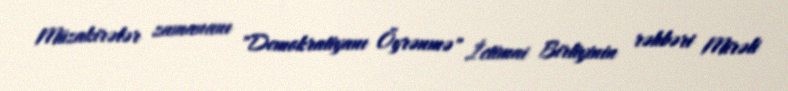
Müzakirələr zamananı "Demokratiyanı Öyrənmə" İctimai Birliyinin rəhbəri Mirəli